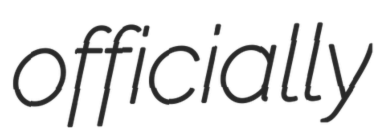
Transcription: officially